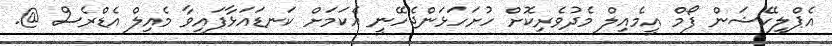
އެޕްލިކޭޝަން ފޯމް އީމެއިލް މެދުވެރިކޮށް ހުށަހަޅަންޖެހޭނީ އެކަމަށް ކަނޑައަޅާފައިވާ މެއިލް އެޑްރެސް @.